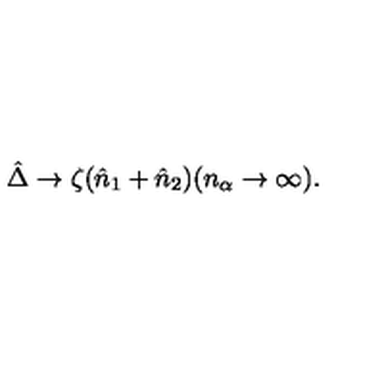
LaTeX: \hat { \Delta } \rightarrow \zeta ( \hat { n } _ { 1 } + \hat { n } _ { 2 } ) ( n _ { \alpha } \rightarrow \infty ) .